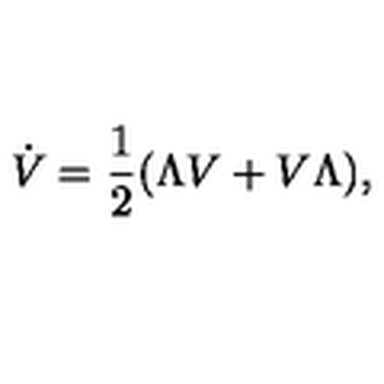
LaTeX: \dot { V } = \frac { 1 } { 2 } ( \Lambda V + V \Lambda ) ,